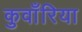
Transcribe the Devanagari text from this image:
कुवाँरिया